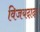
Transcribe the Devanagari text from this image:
विजयदादा